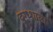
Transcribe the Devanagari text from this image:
दुग्ध्शाला